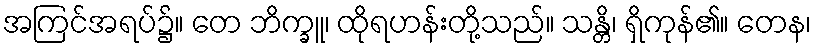
အကြင်အရပ်၌။ တေ ဘိက္ခူ၊ ထိုရဟန်းတို့သည်။ သန္တိ၊ ရှိကုန်၏။ တေန၊